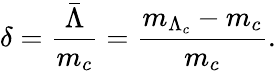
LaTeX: \delta={\frac{\bar{\Lambda}}{m_{c}}}={\frac{m_{\Lambda_{c}}-m_{c}}{m_{c}}}.